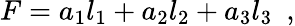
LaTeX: F=a_{1}l_{1}+a_{2}l_{2}+a_{3}l_{3}\, \, \, ,